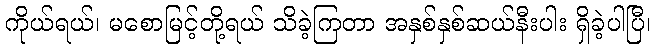
ကိုယ်ရယ်၊ မစောမြင့်တို့ရယ် သိခဲ့ကြတာ အနှစ်နှစ်ဆယ်နီးပါး ရှိခဲ့ပါပြီ၊